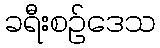
ခရီးစဉ်ဒေသ